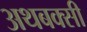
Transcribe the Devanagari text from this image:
अथबक्सी